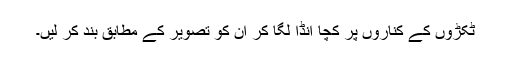
ٹکڑوں کے کناروں پر کچا انڈا لگا کر ان کو تصویر کے مطابق بند کر لیں۔